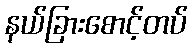
နယ်ခြားစောင့်တပ်